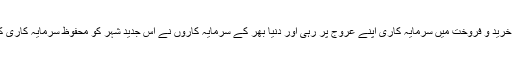
گلف نیوز کے مطابق ہر سال کی اس برس بھی دبئی میں پراپرٹی کی خرید و فروخت میں سرمایہ کاری اپنے عروج پر رہی اور دنیا بھر کے سرمایہ کاروں نے اس جدید شہر کو محفوظ سرمایہ کاری کی جنت تصور کرتے ہوئے اپنا سرمایہ پراپرٹی کے شعبے میں لگایا۔